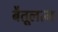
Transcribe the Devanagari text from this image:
बैतूलत्न